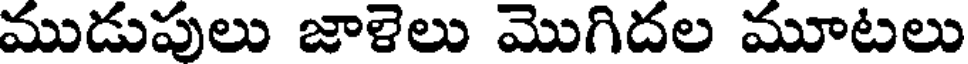
ముడుపులు జాళెలు మొగిదల మూటలు